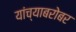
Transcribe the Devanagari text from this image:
यांच्‍याबरोबर